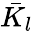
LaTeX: \bar{K_{l}}